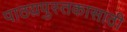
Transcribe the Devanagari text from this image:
पाठय़पुस्तकासाठी